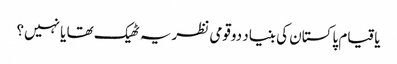
یاقیام پاکستان کی بنیاد دوقومی نظریہ ٹھیک تھا یا نہیں؟